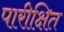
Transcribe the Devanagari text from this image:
पारीक्षित